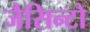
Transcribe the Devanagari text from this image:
जैसिन्टो